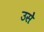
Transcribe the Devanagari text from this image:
उसेेेे